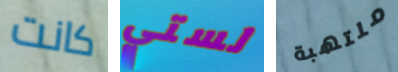
كانت لستي ملتهبة